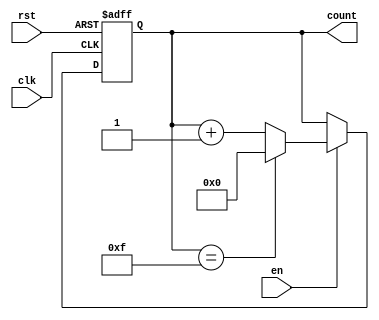
module up_counter (
    input wire clk,      // Clock input
    input wire en,       // Enable input
    input wire rst,      // Asynchronous Reset input
    output reg [3:0] count // 4-bit output for the counter
);

    // Maximum count value is 15 for a 4-bit counter (0 to 15)
    parameter MAX_COUNT = 4'b1111; // 15 in binary

    always @(posedge clk or posedge rst) begin
        // Asynchronous reset
        if (rst) begin
            count <= 4'b0000; // Reset counter to 0
        end else if (en) begin
            // Increment counter if enabled
            if (count == MAX_COUNT) begin
                count <= 4'b0000; // Wrap around if maximum is reached
            end else begin
                count <= count + 1; // Increment the counter
            end
        end
        // If 'en' is low, hold the current value
    end

endmodule